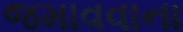
જમાવવાના